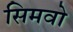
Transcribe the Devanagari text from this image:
सिमवो